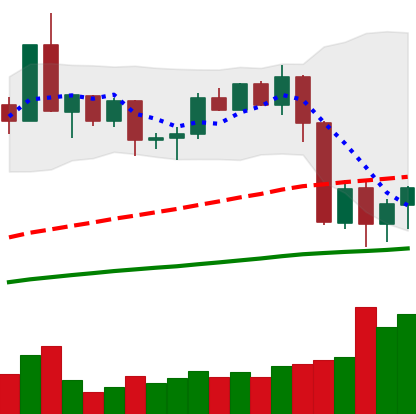
Ticker: XMR-USD
Chart end date: 2020-09-07
Forward return: 4.816%
Label: up_3_5